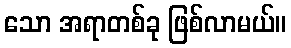
သော အရာတစ်ခု ဖြစ်လာမယ်။